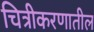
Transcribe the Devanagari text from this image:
चित्रीकरणातील